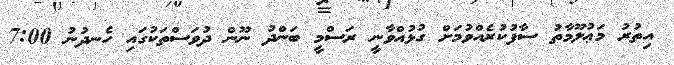
އިތުރު މަޢުލޫމާތު ސާފުކުރެއްވުމަށް ގުޅުއްވާނީ ރަސްމީ ބަންދު ނޫން ދުވަސްތަކުގައި ހެނދުނު 7:00